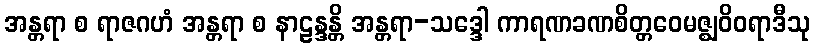
အန္တရာ စ ရာဇဂဟံ အန္တရာ စ နာဠန္ဒန္တိ အန္တရာ-သဒ္ဒေါ ကာရဏခဏစိတ္တဝေမဇ္ဈဝိဝရာဒီသု